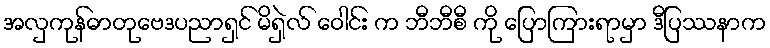
အလှကုန်ဓာတုဗေဒပညာရှင် မိရှဲလ် ဝေါင်း က ဘီဘီစီ ကို ပြောကြားရာမှာ ဒီပြဿနာက